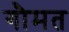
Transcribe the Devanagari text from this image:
गौमत